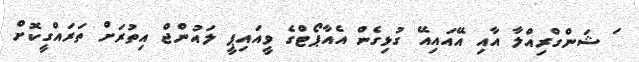
ަ ޝަންގްރިއްލާ އާއި އޭއައިއޭ ގުޅިގެން އެއާޕޯޓްގެ ވީއައިޕީ ލައުންޖް އިތުރަށް ތަރައްގީކޮށް